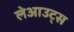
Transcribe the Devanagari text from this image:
लेआउट्स